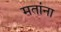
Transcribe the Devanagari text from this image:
मतांना